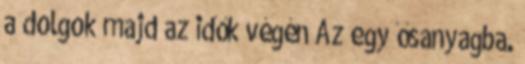
a dolgok majd az idők végén Az egy ősanyagba.